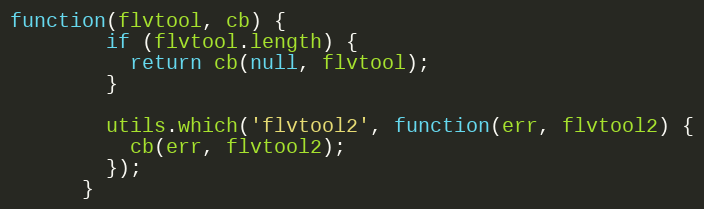
Language: JavaScript
function(flvtool, cb) {
        if (flvtool.length) {
          return cb(null, flvtool);
        }

        utils.which('flvtool2', function(err, flvtool2) {
          cb(err, flvtool2);
        });
      }